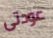
عودتى